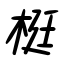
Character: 梃